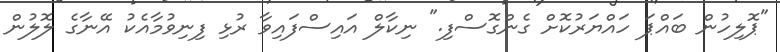
"ޕޮލިހުން ބައްޕަ ހައްޔަރުކޮށް ގެންގޮސްފި." ނިކާލް އައިސްފައިވާ ރުޅި ފިނިވުމާއެކު އޭނާގެ ލޮލުން